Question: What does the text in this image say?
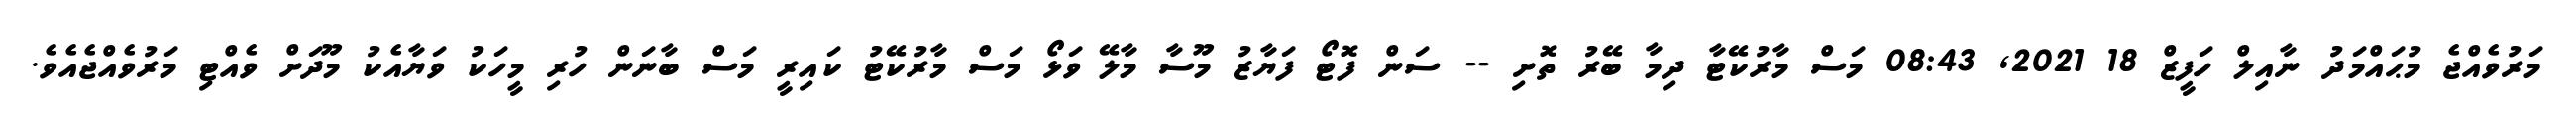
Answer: މަރުވެއްޖެ މުޙައްމަދު ނާއިލް ހަފީޒް 18 2021, 08:43 މަސް މާރުކޭޓާ ދިމާ ބޭރު ތޮށި -- ސަން ފޮޓޯ ފަޔާޒު މޫސާ މާލޭ ވަޅޯ މަސް މާރުކޭޓު ކައިރީ މަސް ބާނަން ހުރި މީހަކު ވަޔާއެކު މޫދަށް ވެއްޓި މަރުވެއްޖެއެވެ.